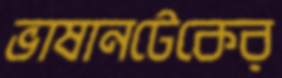
ভাষানটেকের